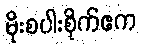
မိုးစပါးစိုက်ဧက